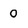
Character: 0